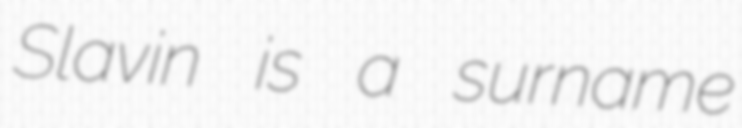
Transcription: Slavin is a surname